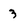
Character: 3